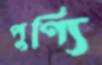
পুণ্যি